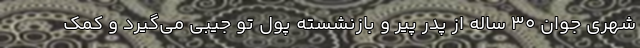
شهری جوان 30 ساله از پدر پیر و بازنشسته پول تو جیبی می‌گیرد و کمک